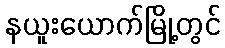
နယူးယောက်မြို့တွင်